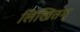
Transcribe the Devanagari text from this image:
लिखितम्